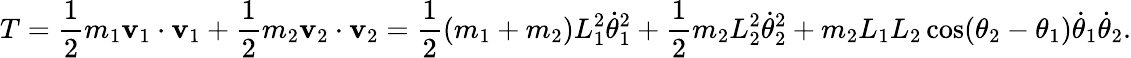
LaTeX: T={\frac{1}{2}}m_{1}\mathbf{v}_{1}\cdot\mathbf{v}_{1}+{\frac{1}{2}}m_{2}\mathbf{v}_{2}\cdot\mathbf{v}_{2}={\frac{1}{2}}(m_{1}+m_{2})L_{1}^{2}{\dot{\theta}}_{1}^{2}+{\frac{1}{2}}m_{2}L_{2}^{2}{\dot{\theta}}_{2}^{2}+m_{2}L_{1}L_{2}\cos(\theta_{2}-\theta_{1}){\dot{\theta}}_{1}{\dot{\theta}}_{2}.